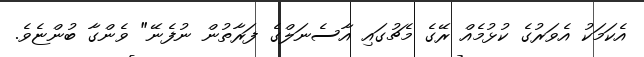
އެކަމަކު އެވަރުގެ ކުޅުމެއް ރޭގެ މެޗުގައި އާސެނަލްގެ ފަރާތުން ނުފެނޭ" ވެންގާ ބުންޏެވެ.